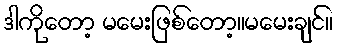
ဒါကိုတော့ မမေးဖြစ်တော့။မမေးချင်။